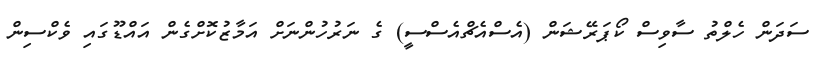
ސަދަން ހެލްތު ސާވިސް ކޯޕަރޭޝަން (އެސްއެޗްއެސްސީ) ގެ ނަރުހުންނަށް އަމާޒުކޮށްގެން އައްޑޫގައި ވެކްސިން